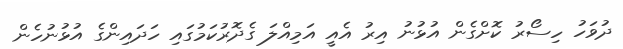
ދުވަހު ހިސޯރު ކޮށްގެން އުޅުނު އިރު އެއީ އަމިއްލަ ގެދޮރުކަމުގައި ހަދައިންގެ އުޅުނުހެން